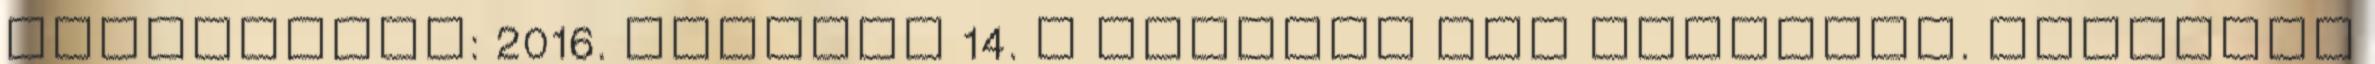
Hozzáférés: 2016. március 14. ↑ Library and Archives. National